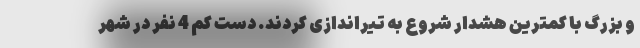
و بزرگ با کمترین هشدار شروع به تیراندازی کردند. دست کم 4 نفر در شهر